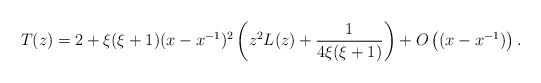
\begin{align*}T(z)=2+\xi(\xi+1)(x-x^{-1})^2\left(z^2 L(z)+{1\over 4\xi(\xi+1)}\right)+O\left((x-x^{-1})\right).\end{align*}